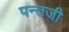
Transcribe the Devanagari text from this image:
पन्तजी